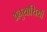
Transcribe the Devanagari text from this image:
अनुयायियों